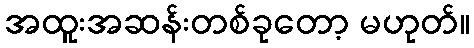
အထူးအဆန်းတစ်ခုတော့ မဟုတ်။